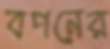
বপনের